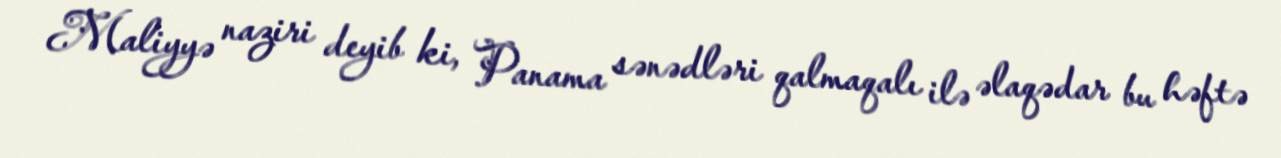
Maliyyə naziri deyib ki, Panama sənədləri qalmaqalı ilə əlaqədar bu həftə